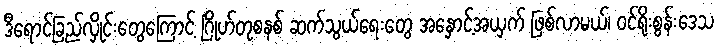
ဒီရောင်ခြည်လှိုင်းတွေကြောင့် ဂြိုဟ်တုစနစ် ဆက်သွယ်ရေးတွေ အနှောင့်အယှက် ဖြစ်လာမယ်၊ ဝင်ရိုးစွန်းဒေသ